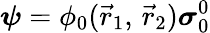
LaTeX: {\boldsymbol{\psi}}=\phi_{0}({\vec{r}}_{1},\, {\vec{r}}_{2}){\boldsymbol{\sigma}}_{0}^{0}